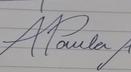
Signature authenticity: genuine